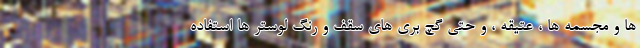
ها و مجسمه ها ، عتیقه ، و حتی گچ بری های سقف و رنگ لوستر ها استفاده